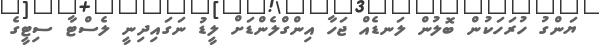
ޔަންގު ހުރަހަކުން ބޮލުން ލަނޑެއް ޖަހާ އިންގްލެންޑަށް ލީޑު ނަގައިދިނީ ލެސްޓާ ސިޓީގެ